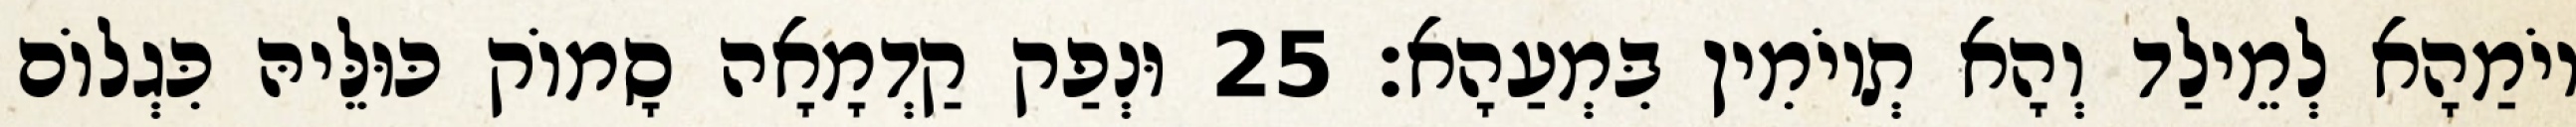
יוֹמַהָא לְמֵילַד וְהָא תְיוֹמִין בִּמְעַהָא׃ 25 וּנְפַק קַדְמָאָה סָמוֹק כּוּלֵּיהּ כִּגְלוֹם